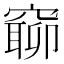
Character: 窷